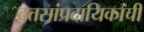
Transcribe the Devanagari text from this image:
दत्तसांप्रदायिकांची